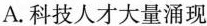
A.科技人才大量涌现